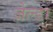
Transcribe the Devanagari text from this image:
जेल्डा